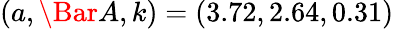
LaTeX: (a,\Bar{A},k)=(3.72,2.64,0.31)